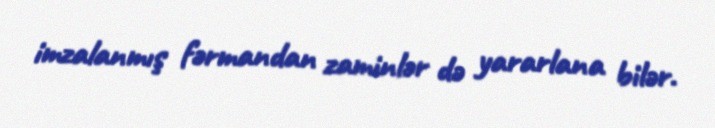
imzalanmış fərmandan zaminlər də yararlana bilər.